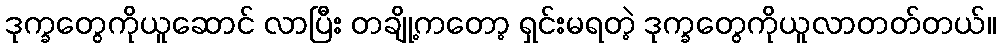
ဒုက္ခတွေကိုယူဆောင် လာပြီး တချို့ကတော့ ရှင်းမရတဲ့ ဒုက္ခတွေကိုယူလာတတ်တယ်။